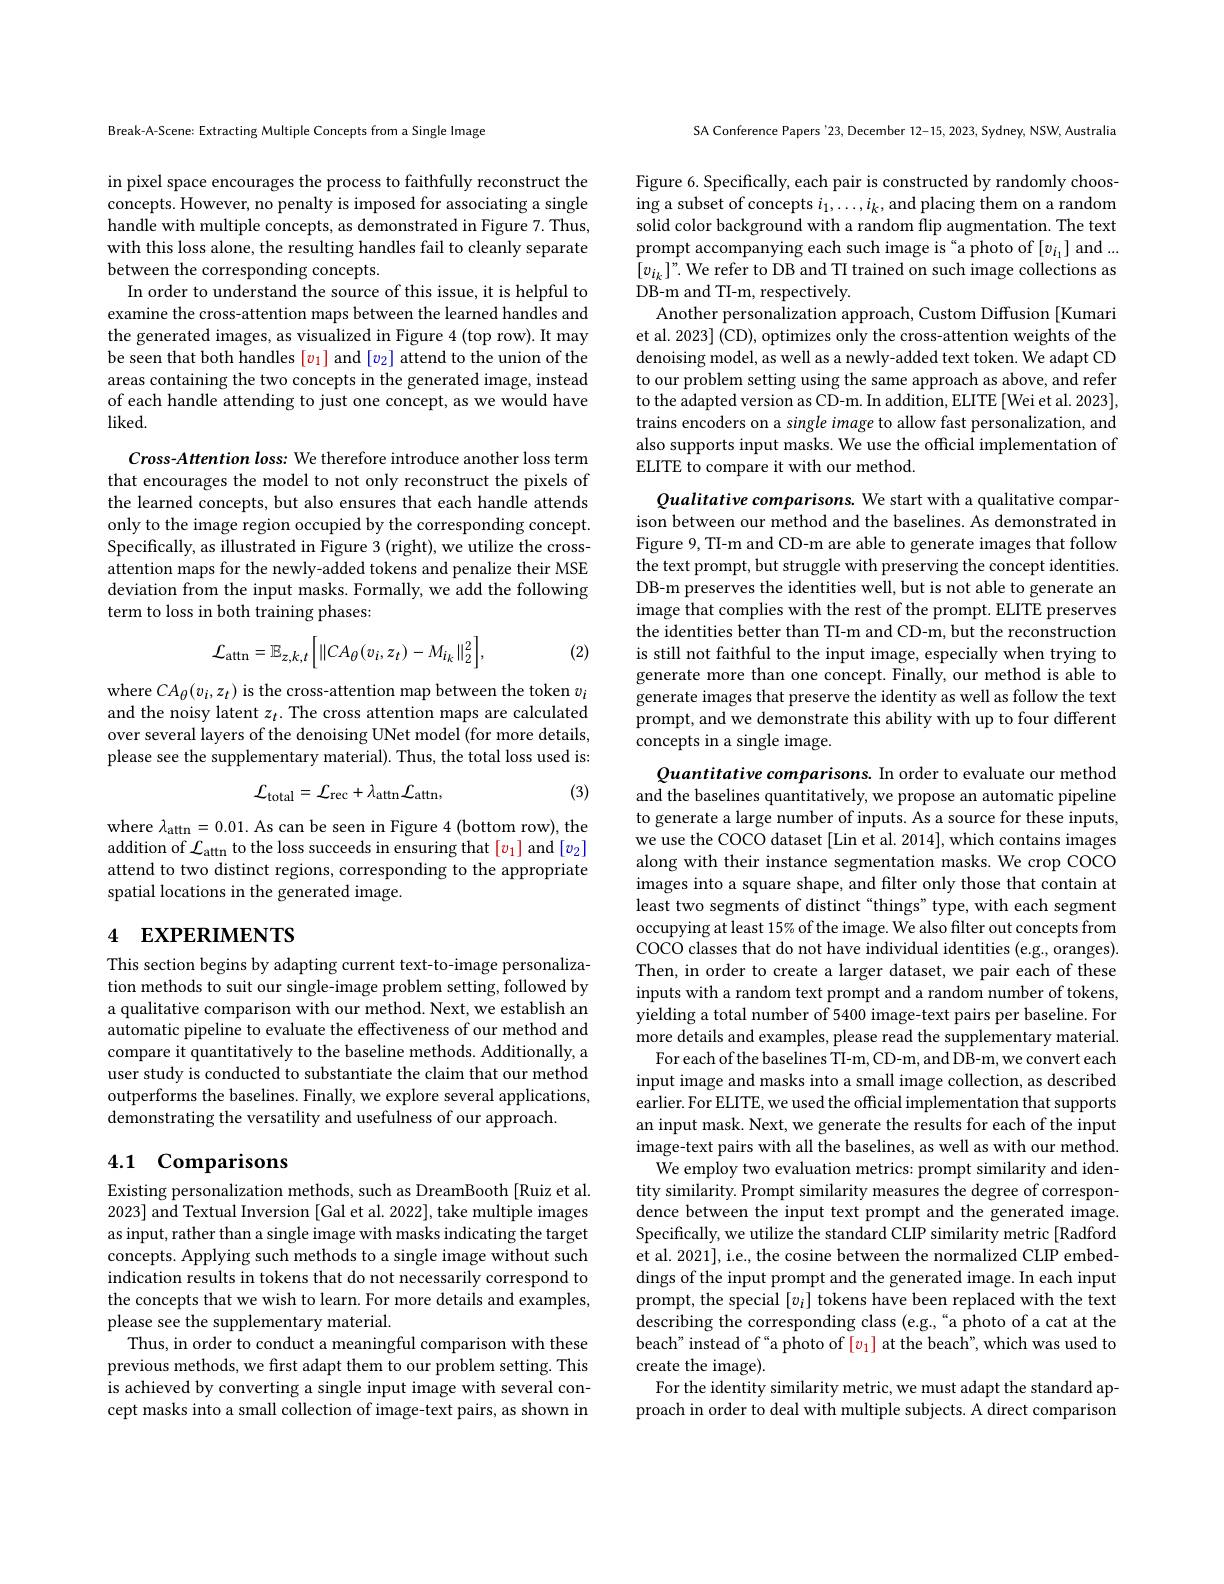
Break-A-Scene: Extracting Multiple Concepts from a Single Image

in pixel space encourages the process to faithfully reconstruct the concepts. However, no penalty is imposed for associating a single handle with multiple concepts, as demonstrated in Figure 7. Thus, with this loss alone, the resulting handles fail to cleanly separate between the corresponding concepts.
In order to understand the source of this issue, it is helpful to examine the cross-attention maps between the learned handles and the generated images, as visualized in Figure 4 (top row). It may be seen that both handles $[v_1]$ and $[v_2]$ attend to the union of the areas containing the two concepts in the generated image, instead of each handle attending to just one concept, as we would have $liked.$

Cross-Attention loss: We therefore introduce another loss term that encourages the model to not only reconstruct the pixels of the learned concepts, but also ensures that each handle attends only to the image region occupied by the corresponding concept. Specifically, as illustrated in Figure 3 (right), we utilize the crossattention maps for the newly-added tokens and penalize their MSE deviation from the input masks. Formally, we add the following term to loss in both training phases:
$${\mathcal L}_{\mathrm{attn}}=\mathbb{E}_{z,k,t}\bigg[\|CA_{\theta}(v_{i},z_{t})-M_{i_{k}}\|_{2}^{2}\bigg],$$
(2)

where $CA_\theta(v_i,z_t)$ is the cross-attention map between the token $v_i$ and the noisy latent $z_t.$ The cross attention maps are calculated over several layers of the denoising UNet model (for more details, please see the supplementary material). Thus, the total loss used is:
$${\mathcal L}_{\mathrm{total}}={\mathcal L}_{\mathrm{rec}}+\lambda_{\mathrm{attn}}{\mathcal L}_{\mathrm{attn}},$$
(3)

where $\lambda_{\mathrm{attn}}=0.01.$ As can be seen in Figure 4 (bottom row), the addition of $\mathcal{L}_\text{attn to the loss succeeds in ensuring that }[v_1]$ and $[v_2]$ attend to two distinct regions, corresponding to the appropriate spatial locations in the generated image.

# 4 EXPERIMENTS

This section begins by adapting current text-to-image personalization methods to suit our single-image problem setting, followed by a qualitative comparison with our method. Next, we establish an automatic pipeline to evaluate the effectiveness of our method and compare it quantitatively to the baseline methods. Additionally, a user study is conducted to substantiate the claim that our method outperforms the baselines. Finally, we explore several applications, demonstrating the versatility and usefulness of our approach.

## 4.1 Comparisons

Existing personalization methods, such as DreamBooth [Ruiz et al. 2023] and Textual Inversion [Gal et al. 2022], take multiple images as input, rather than a single image with masks indicating the target concepts. Applying such methods to a single image without such indication results in tokens that do not necessarily correspond to the concepts that we wish to learn. For more details and examples, please see the supplementary material.
Thus, in order to conduct a meaningful comparison with these previous methods, we first adapt them to our problem setting. This is achieved by converting a single input image with several concept masks into a small collection of image-text pairs, as shown in

SA Conference Papers '23, December 12-15, 2023, Sydney, NSW, Australia

Figure 6. Specifically, each pair is constructed by randomly choosing a subset of concepts $i_1,\ldots,i_k$, and placing them on a random solid color background with a random flip augmentation. The text prompt accompanying each such image is“a photo of $[v_{i_1}]$ and ... $[v_{i_k}]”.$ We refer to DB and TI trained on such image collections as DB-m and TI-m, respectively.
Another personalization approach, Custom Diffusion [Kumari et al. 2023] (CD), optimizes only the cross-attention weights of the denoising model, as well as a newly-added text token. We adapt CD to our problem setting using the same approach as above, and refer to the adapted version as CD-m. In addition, ELITE[Wei et al. 2023], trains encoders on a single image to allow fast personalization, and also supports input masks. We use the offcial implementation of ELITE to compare it with our method.

Qualitative comparisons. We start with a qualitative comparison between our method and the baselines. As demonstrated in Figure 9, TI-m and CD-m are able to generate images that follow the text prompt, but struggle with preserving the concept identities. DB-m preserves the identities well, but is not able to generate an image that complies with the rest of the prompt. ELITE preserves the identities better than TI-m and CD-m, but the reconstruction is still not faithful to the input image, especially when trying to generate more than one concept. Finally, our method is able to generate images that preserve the identity as well as follow the text prompt, and we demonstrate this ability with up to four different concepts in a single image.

Quantitative comparisons. In order to evaluate our method and the baselines quantitatively, we propose an automatic pipeline to generate a large number of inputs. As a source for these inputs, we use the COCO dataset [Lin et al. 2014], which contains images along with their instance segmentation masks. We crop COCO images into a square shape, and filter only those that contain at least two segments of distinct "things" type, with each segment occupying at least 15% of the image. We also filter out concepts from COCO classes that do not have individual identities (e.g., oranges). Then, in order to create a larger dataset, we pair each of these inputs with a random text prompt and a random number of tokens, yielding a total number of 5400 image-text pairs per baseline. For more details and examples, please read the supplementary material.
For each of the baselines TI-m, CD-m, and DB-m, we convert each input image and masks into a small image collection, as described earlier. For ELITE, we used the official implementation that supports an input mask. Next, we generate the results for each of the input image-text pairs with all the baselines, as well as with our method.
We employ two evaluation metrics: prompt similarity and identity similarity. Prompt similarity measures the degree of correspondence between the input text prompt and the generated image. Specifically, we utilize the standard CLIP similarity metric [Radford et al. 2021], i.e., the cosine between the normalized CLIP embeddings of the input prompt and the generated image. In each input prompt, the special $[v_i]$ tokens have been replaced with the text describing the corresponding class (e.g.,“a photo of a cat at the beach" instead of “a photo of $[v_1]$ at the beach”, which was used to create the image).
For the identity similarity metric, we must adapt the standard approach in order to deal with multiple subjects. A direct comparison